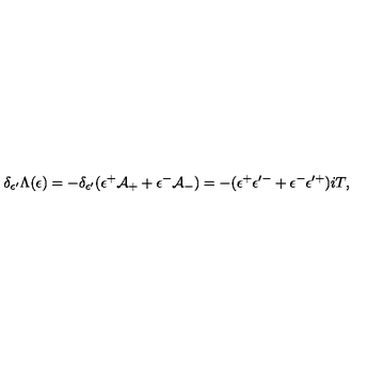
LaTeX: \delta _ { \epsilon ^ { \prime } } \Lambda ( \epsilon ) = - \delta _ { \epsilon ^ { \prime } } ( \epsilon ^ { + } \mathcal { A } _ { + } + \epsilon ^ { - } \mathcal { A } _ { - } ) = - ( \epsilon ^ { + } \epsilon ^ { \prime - } + \epsilon ^ { - } \epsilon ^ { \prime + } ) i T ,